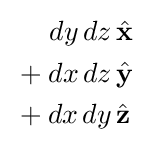
{\begin{aligned}dy\,dz&\,{\hat {\mathbf {x} }}\\{}+dx\,dz&\,{\hat {\mathbf {y} }}\\{}+dx\,dy&\,{\hat {\mathbf {z} }}\end{aligned}}